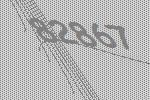
82867